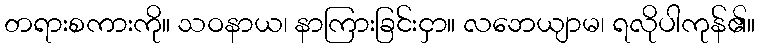
တရားစကားကို။ သဝနာယ၊ နာကြားခြင်းငှာ။ လဘေယျာမ၊ ရလိုပါကုန်၏။